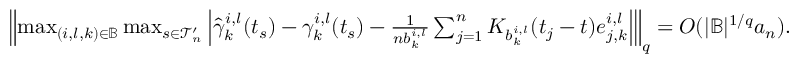
\begin{array} { r } { \left\| \operatorname* { m a x } _ { ( i , l , k ) \in \mathbb { B } } \operatorname* { m a x } _ { s \in \mathcal { T } _ { n } ^ { \prime } } \left| \hat { \gamma } _ { k } ^ { i , l } ( t _ { s } ) - \gamma _ { k } ^ { i , l } ( t _ { s } ) - \frac { 1 } { n b _ { k } ^ { i , l } } \sum _ { j = 1 } ^ { n } K _ { b _ { k } ^ { i , l } } ( t _ { j } - t ) e _ { j , k } ^ { i , l } \right| \right\| _ { q } = O ( | \mathbb { B } | ^ { 1 / q } a _ { n } ) . } \end{array}